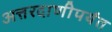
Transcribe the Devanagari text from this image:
अत्तरदाणीपर्यंत